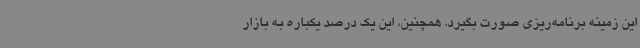
این زمینه برنامه‌ریزی صورت بگیرد. همچنین، این یک درصد یکباره به بازار